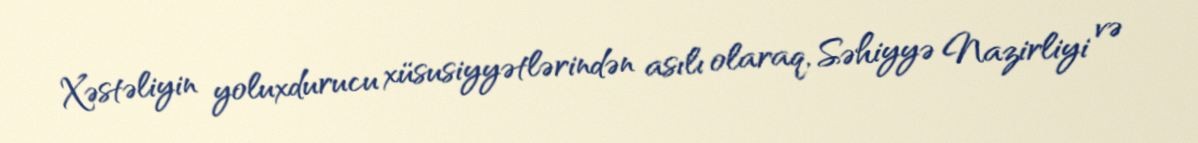
Xəstəliyin yoluxdurucu xüsusiyyətlərindən asılı olaraq, Səhiyyə Nazirliyi və